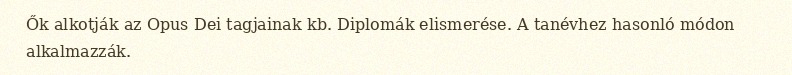
Ők alkotják az Opus Dei tagjainak kb. Diplomák elismerése. A tanévhez hasonló módon alkalmazzák.